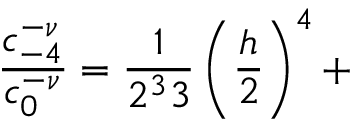
\frac { c _ { - 4 } ^ { - \nu } } { c _ { 0 } ^ { - \nu } } = \frac 1 { 2 ^ { 3 } 3 } \left( \frac h 2 \right) ^ { 4 } +